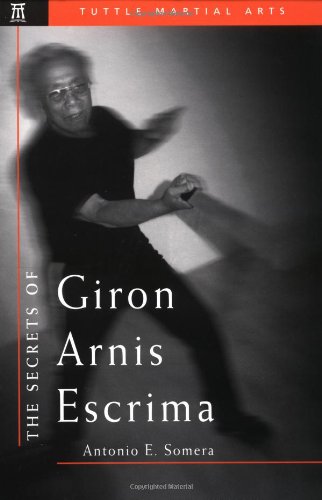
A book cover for The Secrets of Giron Arnis Escrima (Secrets of the Martial Arts); Antonio E. Somera; Sports & Outdoors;